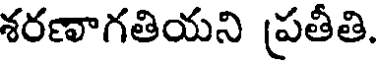
శరణాగతియని ప్రతీతి.